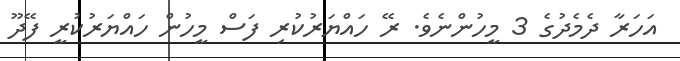
އަހަރާ ދެމެދުގެ 3 މީހުންނެވެ. ރޭ ހައްޔަރުކުރި ފަސް މީހުން ހައްޔަރުކުރީ ފޭދޫ